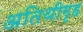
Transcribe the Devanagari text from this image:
अतिथीगृह